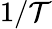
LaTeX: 1/\mathcal{T}